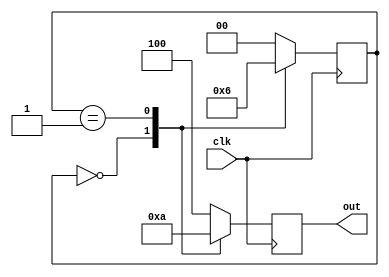
module fsm (
	input clk,
	output reg [2:0] out
	);

localparam RED_LIGHT = 3'b100 , YELLOW_LIGHT = 3'b010 , GREEN_LIGHT = 3'b001; 
localparam S0 = 0, S1 = 1, S2 = 2; 

reg [1:0] state;

always @ (posedge clk)
begin
	case(state)
	S0 : begin out <= GREEN_LIGHT; state <= S1; end
	S1 : begin out <= YELLOW_LIGHT; state <= S2; end
	S2 : begin out <= RED_LIGHT; state <= S0; end
	default : begin out <= RED_LIGHT; state <= S0; end
	endcase
end

endmodule